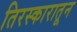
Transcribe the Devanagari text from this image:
तिरस्कारातून